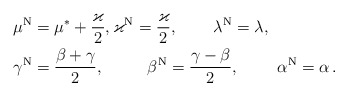
\begin{align*}\mu^{\rm N}&=\mu^*+\frac{\varkappa}{2},\varkappa^{\rm N}=\frac{\varkappa}{2},\qquad\,\lambda^{\rm N}=\lambda , \\\gamma^{\rm N}&=\frac{\beta + \gamma }{2},\qquad\ \ \beta^{\rm N}=\frac{ \gamma-\beta }{2}, \ \ \ \ \ \ \ \alpha^{\rm N}=\alpha \,.\end{align*}